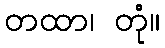
တထာ၊ တုံ။